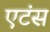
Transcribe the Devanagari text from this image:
एटंस